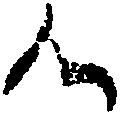
候